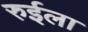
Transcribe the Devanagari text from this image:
रुईला